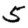
Digit: 5